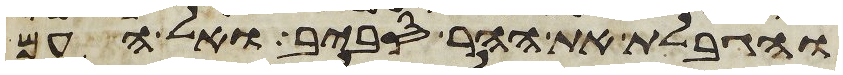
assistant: והגבלת את ההר סביב ואל העם